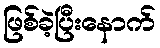
ဖြစ်ခဲ့ပြီးနောက်